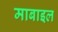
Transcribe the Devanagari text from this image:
माबाइल